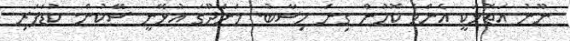
ނޫނު އަތޮޅަކީ އެންމެ ކޮހުން ގިނަ ހިސާބު. މަނަދޫގަ އުޅޭނީ ސޭކުން. ކުޑަފަރި